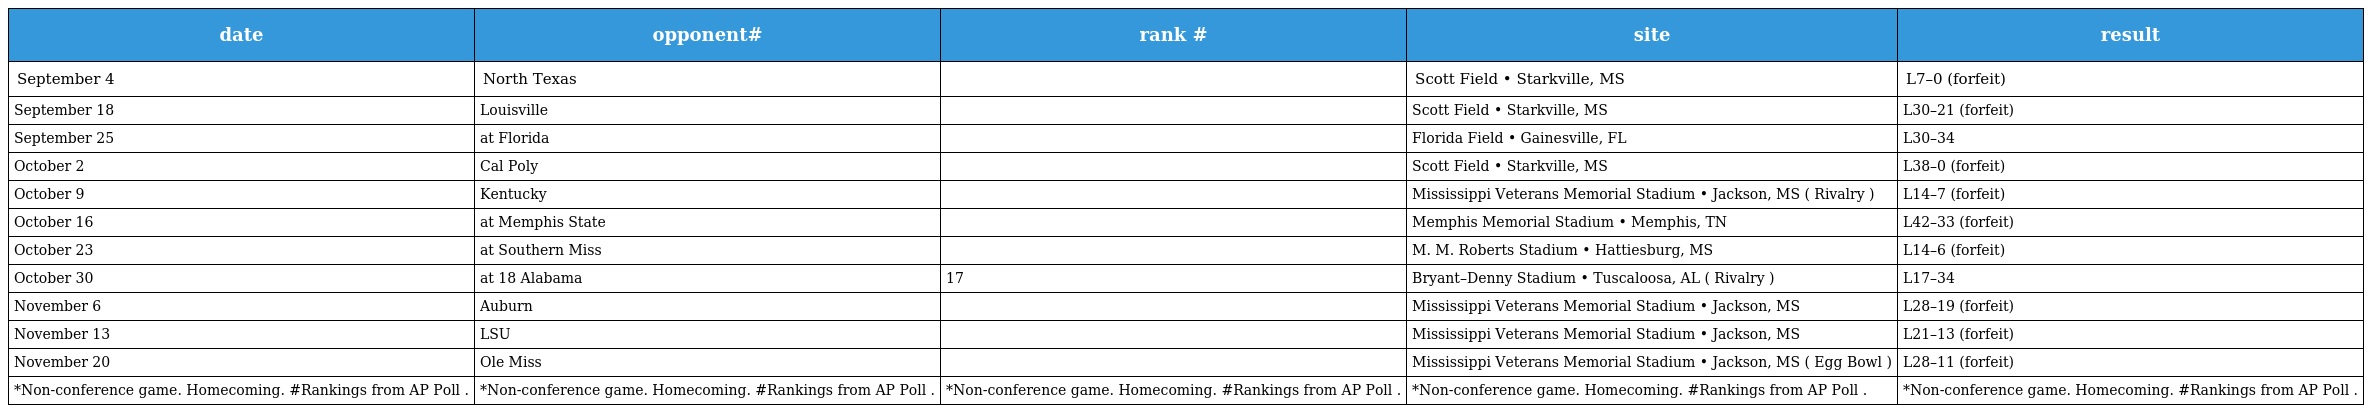
| date | opponent# | rank # | site | result |
 | --- | --- | --- | --- | --- |
 | September 4 | North Texas |  | Scott Field • Starkville, MS | L7–0 (forfeit) |
 | September 18 | Louisville |  | Scott Field • Starkville, MS | L30–21 (forfeit) |
 | September 25 | at Florida |  | Florida Field • Gainesville, FL | L30–34 |
 | October 2 | Cal Poly |  | Scott Field • Starkville, MS | L38–0 (forfeit) |
 | October 9 | Kentucky |  | Mississippi Veterans Memorial Stadium • Jackson, MS ( Rivalry ) | L14–7 (forfeit) |
 | October 16 | at Memphis State |  | Memphis Memorial Stadium • Memphis, TN | L42–33 (forfeit) |
 | October 23 | at Southern Miss |  | M. M. Roberts Stadium • Hattiesburg, MS | L14–6 (forfeit) |
 | October 30 | at 18 Alabama | 17 | Bryant–Denny Stadium • Tuscaloosa, AL ( Rivalry ) | L17–34 |
 | November 6 | Auburn |  | Mississippi Veterans Memorial Stadium • Jackson, MS | L28–19 (forfeit) |
 | November 13 | LSU |  | Mississippi Veterans Memorial Stadium • Jackson, MS | L21–13 (forfeit) |
 | November 20 | Ole Miss |  | Mississippi Veterans Memorial Stadium • Jackson, MS ( Egg Bowl ) | L28–11 (forfeit) |
 | *Non-conference game. Homecoming. #Rankings from AP Poll . | *Non-conference game. Homecoming. #Rankings from AP Poll . | *Non-conference game. Homecoming. #Rankings from AP Poll . | *Non-conference game. Homecoming. #Rankings from AP Poll . | *Non-conference game. Homecoming. #Rankings from AP Poll . |